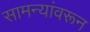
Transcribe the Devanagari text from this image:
सामन्यांवरून